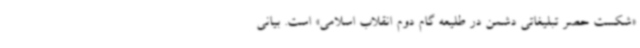
«شکست حصر تبلیغاتی دشمن در طلیعه گام دوم انقلاب اسلامی» است. بیانی